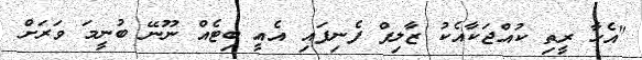
"އެހާ ރީތި ކުއްޖަކާއެކު ޒާލިފް ފެނިފައި އެއީ ބިޓެއް ނޫނޭ ބުނީމަ ވަރަށް